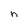
Character: n